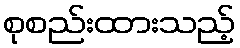
စုစည်းထားသည့်